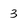
Character: 3